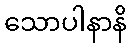
သောပါနာနိ